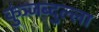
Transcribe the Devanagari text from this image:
कुंञ्जब्दुल्ला